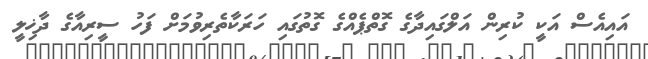
އައިއެސް އަކީ ކުރިން އަލްގައިދާގެ ގޮތްޕެއްގެ ގޮތުގައި ހަރަކާތެރިވުމަށް ފަހު ސީރިއާގެ ދާޚިލީ